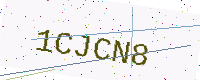
Text: 1CJCN8